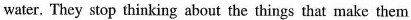
water. They stop thinking about the things that make them